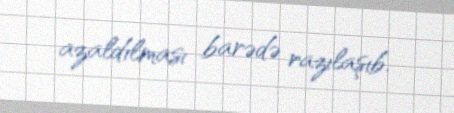
azaldılması barədə razılaşıb.